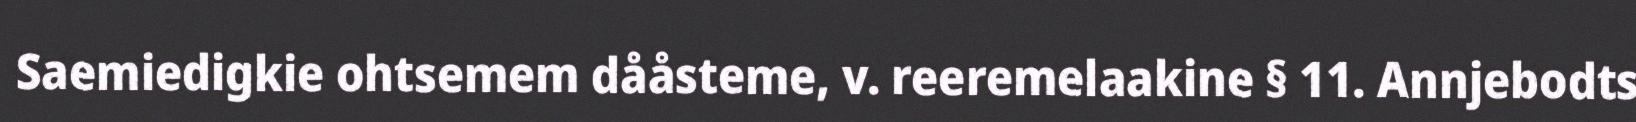
Saemiedigkie ohtsemem dååsteme, v. reeremelaakine § 11. Annjebodts